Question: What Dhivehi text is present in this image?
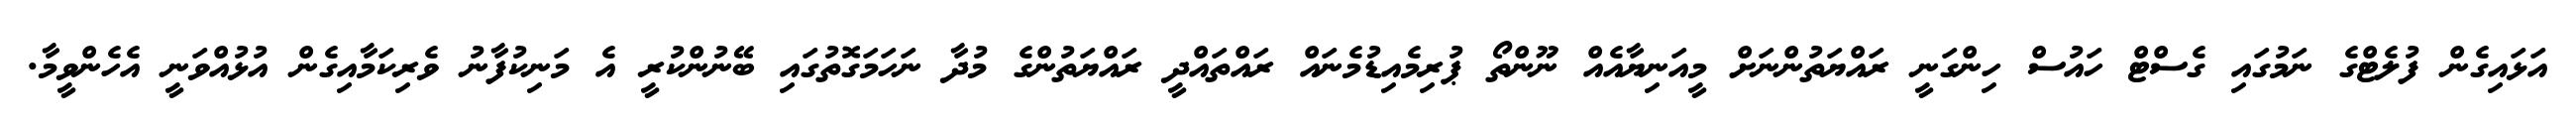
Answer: އަޅައިގެން ފުލެޓްގެ ނަމުގައި ގެސްޓް ހައުސް ހިންގަނީ ރައްޔަތުންނަށް މީއަނިޔާއެއް ނޫންތޯ ޕުރިމެއިޑުމެނައް ރައްތައްދީ ރައްޔަތުންގެ މުދާ ނަހަމަގޮތުގައި ބޭނުންކުރީ އެ މަނިކުފާނު ވެރިކަމާއިގެން އުޅުއްވަނީ އެހެންވީމާ.